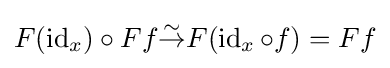
F(\operatorname {id} _{x})\circ Ff{\overset {\sim }{\to }}F(\operatorname {id} _{x}\circ f)=Ff